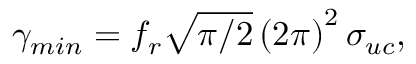
\gamma _ { m i n } = f _ { r } \sqrt { \pi / 2 } \left( 2 \pi \right) ^ { 2 } \sigma _ { u c } ,